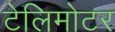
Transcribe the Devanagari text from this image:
टेलिमोटर